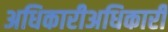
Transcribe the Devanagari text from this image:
अधिकारीअधिकारी